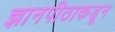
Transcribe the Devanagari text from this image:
ज्ञानपीठाकडून